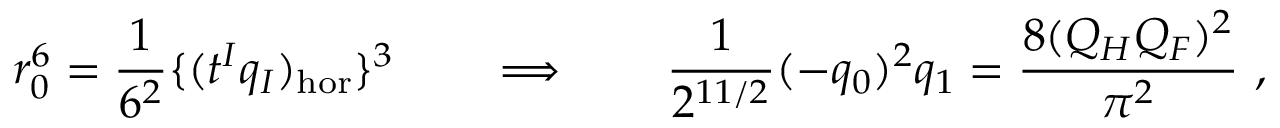
r _ { 0 } ^ { 6 } = { \frac { 1 } { 6 ^ { 2 } } } \{ ( t ^ { I } q _ { I } ) _ { \mathrm { h o r } } \} ^ { 3 } \qquad \Longrightarrow \qquad { \frac { 1 } { 2 ^ { 1 1 / 2 } } } ( - q _ { 0 } ) ^ { 2 } q _ { 1 } = { \frac { 8 ( Q _ { H } Q _ { F } ) ^ { 2 } } { \pi ^ { 2 } } } \ ,